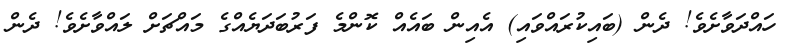
ހައްދަވާށެވެ! ދެން (ބައިކުރައްވައި) އެއިން ބައެއް ކޮންމެ ފަރުބަދަޔެއްގެ މައްޗަށް ލައްވާށެވެ! ދެން